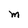
Character: M